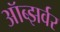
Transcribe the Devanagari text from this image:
ऑब्झर्वर